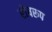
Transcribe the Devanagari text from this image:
रोषरूप